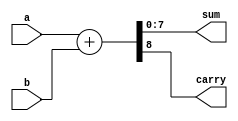
module Param_Adder #(parameter WIDTH = 8) (
    input  wire [WIDTH-1:0] a,       // First input operand
    input  wire [WIDTH-1:0] b,       // Second input operand
    output reg  [WIDTH-1:0] sum,      // Sum output
    output reg                  carry   // Carry output
);
    
    // Always block to perform addition
    always @(*) begin
        {carry, sum} = a + b; // Perform addition and capture carry
    end

endmodule